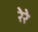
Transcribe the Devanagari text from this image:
रेरे